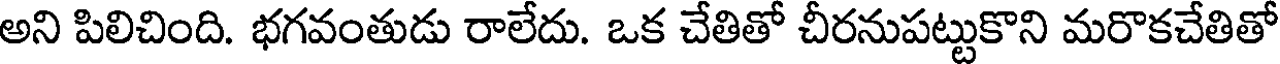
అని పిలిచింది. భగవంతుడు రాలేదు. ఒక చేతితో చీరనుపట్టుకొని మరొకచేతితో